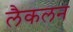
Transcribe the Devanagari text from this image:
लैकलन